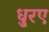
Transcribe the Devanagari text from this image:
धुरए